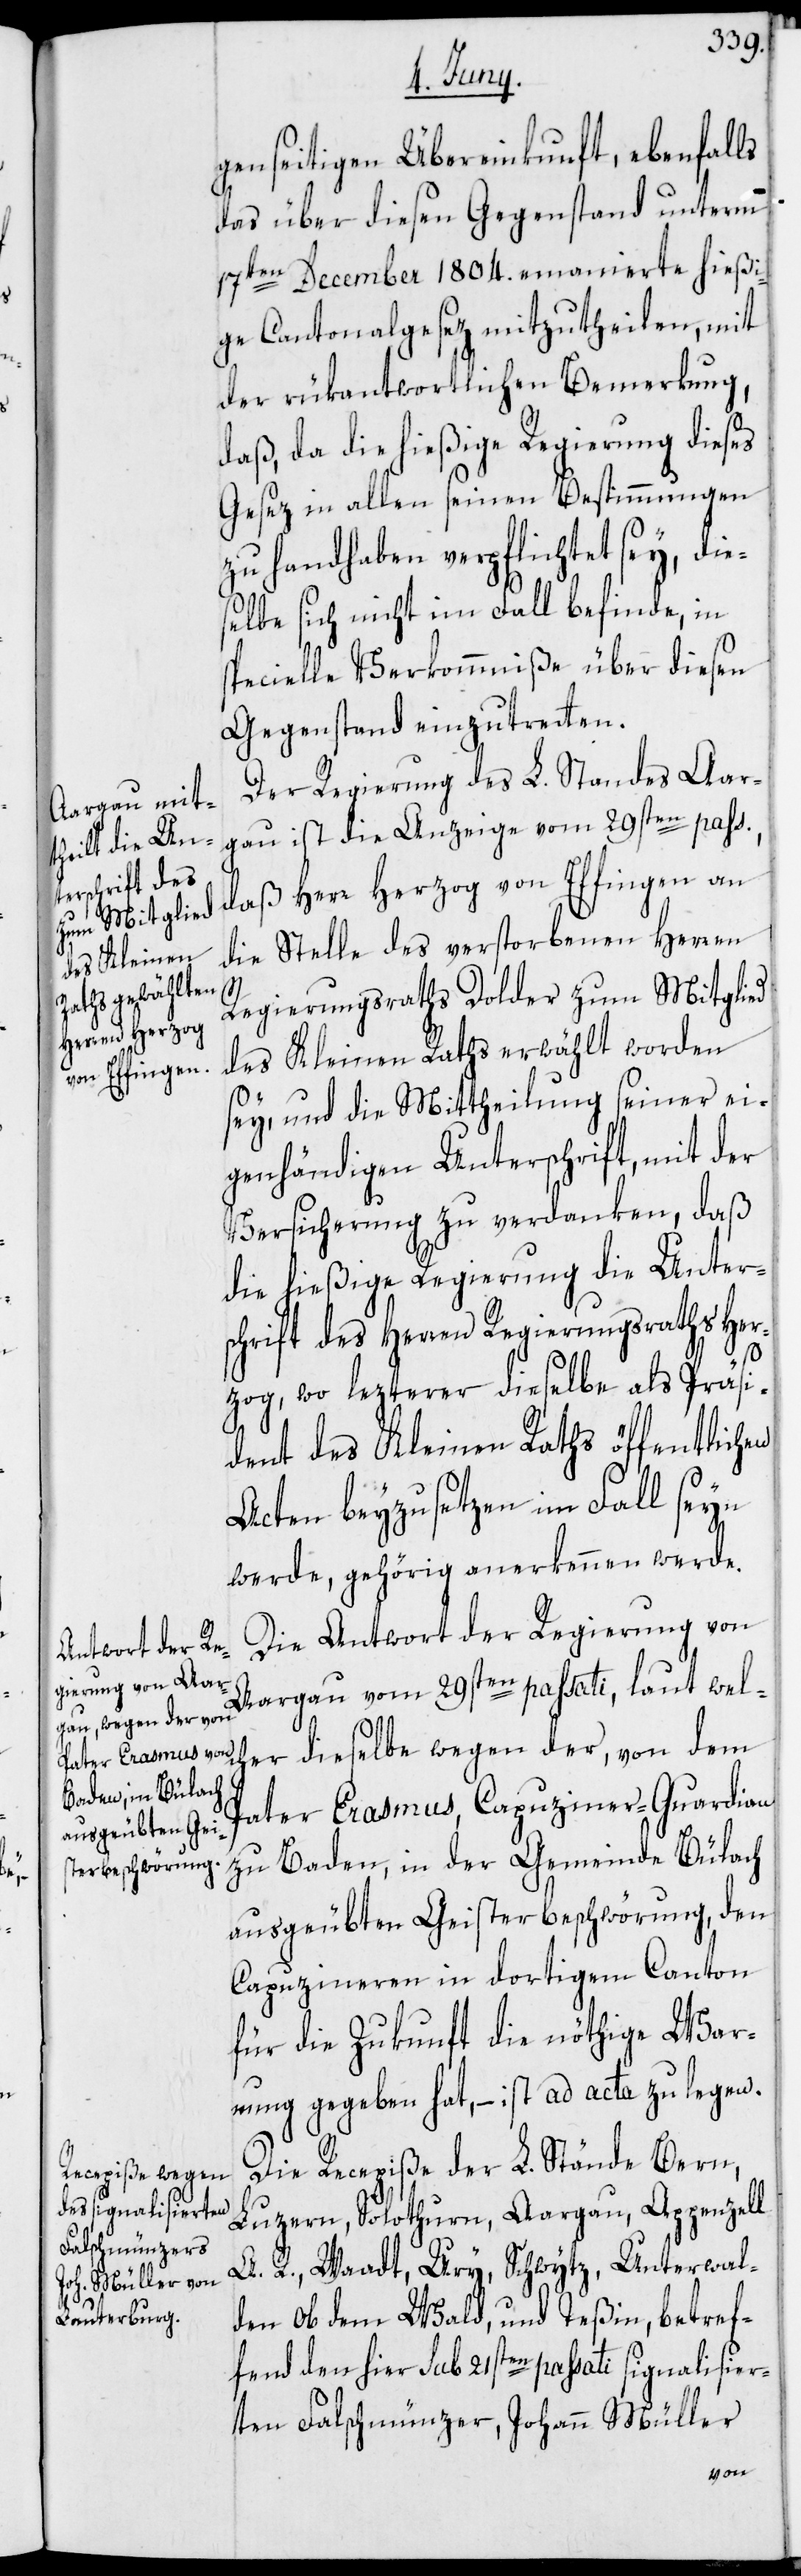
genseitigen Übereinkunft, ebenfalls
das über diesen Gegenstand unterm
17ten December 1804. emanierte hießi¬
ge Cantonalgesez mitzutheilen, mit
der rükantwortlichen Bemerkung,
daß, da die hießige Regierung dieses
Gesez in allen seinen Bestimmungen
zu handhaben verpflichtet sey, die¬
selbe sich nicht im Fall befinde, in
specielle Verkommniße über diesen
Gegenstand einzutretten.
Der Regierung des L. Standes Aar¬
gau ist die Anzeige vom 29sten pass.,
daß Herr Herzog von Effingen an
die Stelle des verstorbenen Herren
Regierungsraths Dolder zum Mitglied
des Kleinen Raths erwählt worden
sey und die Mittheilung seiner ei¬
genhändigen Unterschrift, mit der
Versicherung zu verdanken, daß
die hießige Regierung die Unter¬
schrift des Herren Regierungsraths Her¬
zog, wo lezterer dieselbe als Präsi¬
dent des Kleinen Raths öffentlichen
Acten beyzusetzen im Fall seyn
werde, gehörig anerkennen werde.
Die Antwort der Regierung von
Aargau vom 29sten passati, laut welc¬
her dieselbe wegen der, von dem
Pater Erasmus, Capuziner-Guardian
zu Baden, in der Gemeinde Bülach
ausgeübten Geisterbeschwörung, den
Capuzineren in dortigem Canton
für die Zukunft die nöthige War¬
nung gegeben hat, – ist ad acta zu legen.
Die Recepiße der L. Stände Bern,
Luzern, Solothurn, Aargau, Appenzell
A. R., Waadt, Ury, Schwytz, Unterwal¬
den ob dem Wald und Teßin, betref¬
fend den hier sub 21sten passati signalisier¬
ten Falschmünzer, Johann Müller